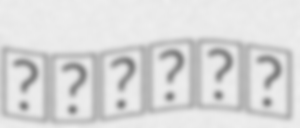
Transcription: والفجر